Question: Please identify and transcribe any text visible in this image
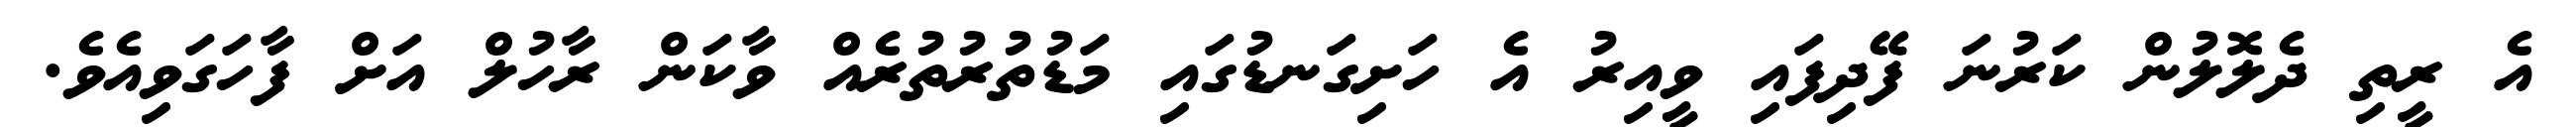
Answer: އެ ރީތި ދެލޮލުން ކަރުނަ ފޭދިފައި ވީއިރު އެ ހަށިގަނޑުގައި މަޑުތުރުތުރެއް ވާކަން ރާހުލް އަށް ފާހަގަވިއެވެ.